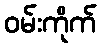
ဝမ်းကိုက်